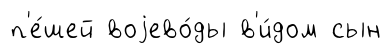
п'е́шей воjево́ды в'и́дом сын